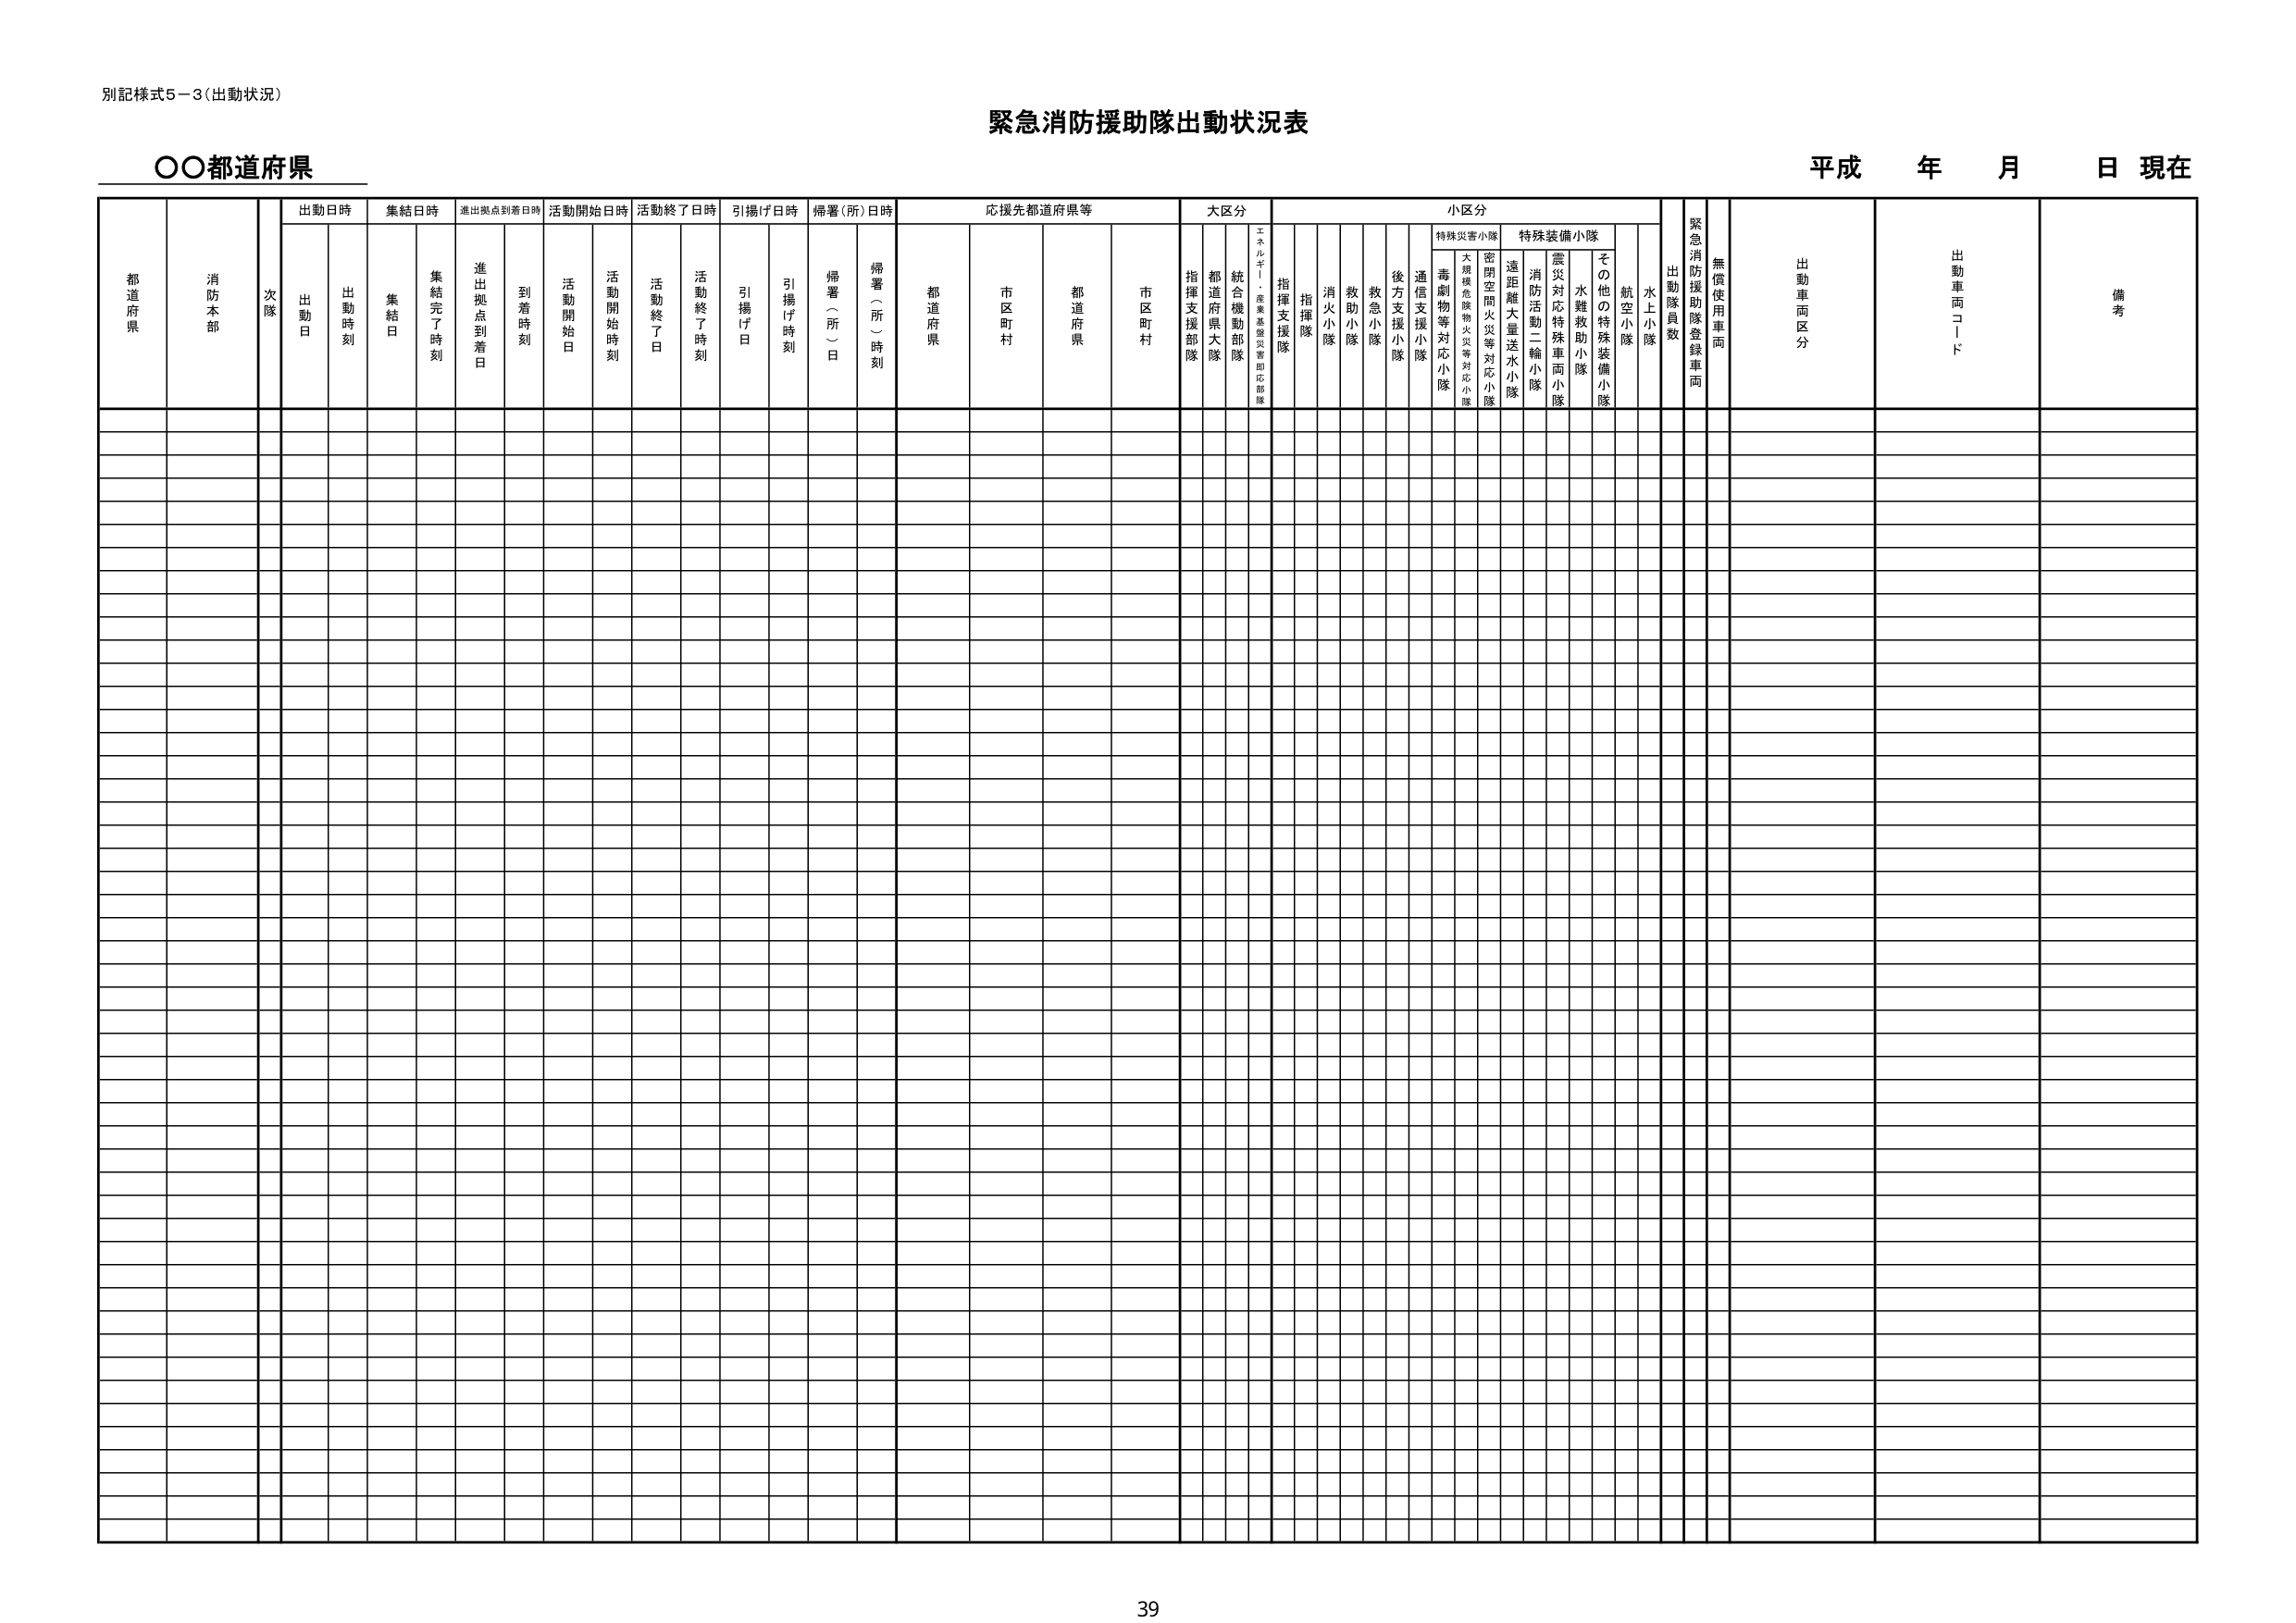
別記様式5－3（出動状況）

緊急消防援助隊出動状況表

○○都道府県

平成 年 月 日 現在

都道府県
消防本部
次隊

出動日時
　出動日
　出動時刻

集結日時
　集結日
　集結完了時刻

進出拠点到着日時
　到着時刻

活動開始日時
　活動開始日
　活動開始時刻

活動終了日時
　活動終了日
　活動終了時刻

引揚げ日時
　引揚げ日
　引揚げ時刻

帰署（所）日時
　帰署（所）日
　帰署（所）時刻

応援先都道府県等
　都道府県
　市区町村
　都道府県
　市区町村

大区分
　指揮支援部隊
　都道府県大隊
　統合機動部隊
　工ネルギー・産業基盤災害対応部隊

小区分
　特殊災害小隊
　　大規模危険物火災等対応小隊
　　密閉空間火災等対応小隊
　　遠距離大量送水小隊
　　消防活動二輪小隊
　　震災対応特殊車両小隊
　　水難救助小隊
　　その他の特殊装備小隊
　　航空小隊
　　水上小隊
　　毒劇物等対応小隊
　　通信支援小隊
　　後方支援小隊
　　救助小隊
　　救急小隊
　　消火小隊
　　指揮隊
　　指揮支援隊

出動隊員数

緊急消防援助隊登録車両

無償使用車両

出動車両区分

出動車両コード

備考

39